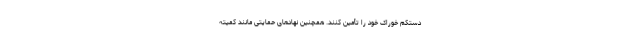
دستکم خوراک خود را تأمین کنند. همچنین نهادهای حمایتی مانند کمیته